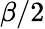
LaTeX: \beta/2